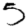
Digit: 5